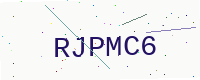
Text: RJPMC6